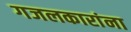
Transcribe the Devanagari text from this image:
गजलकारांना